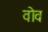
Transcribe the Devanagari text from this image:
वोव